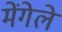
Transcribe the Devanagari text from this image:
मेंगेले